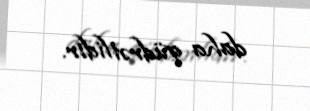
daha qüdrətlidir.